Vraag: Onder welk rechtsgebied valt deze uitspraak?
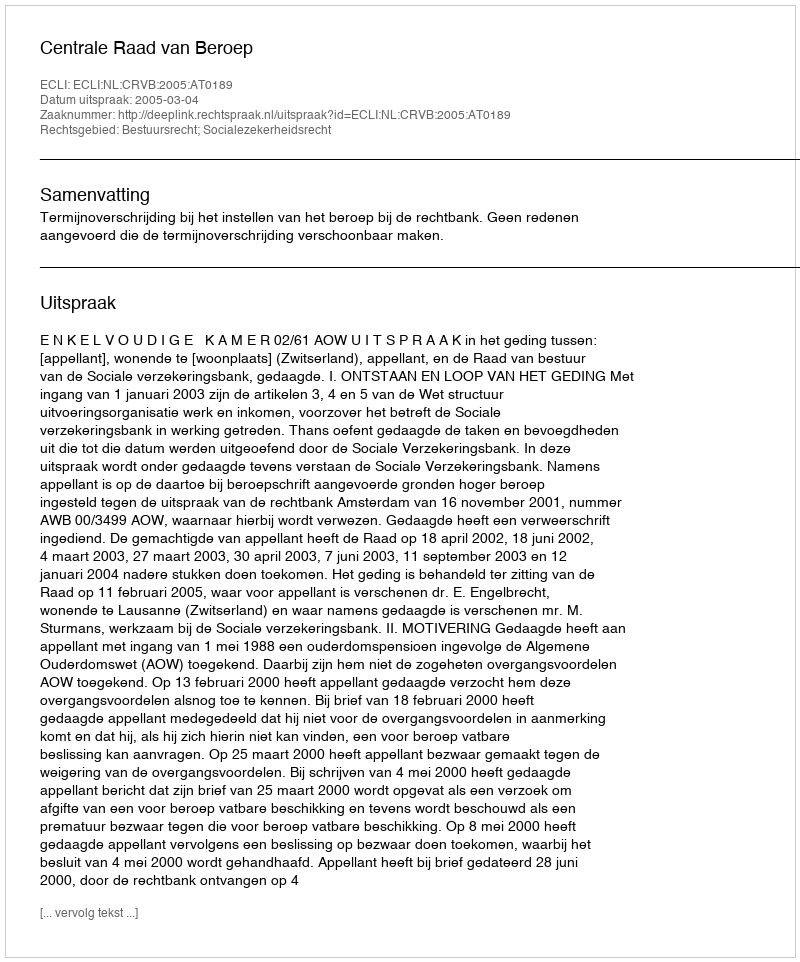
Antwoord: Bestuursrecht; Socialezekerheidsrecht